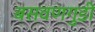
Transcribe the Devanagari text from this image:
बसवणगुडी